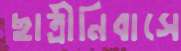
ছাত্রীনিবাসে